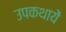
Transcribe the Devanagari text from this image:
उपकथायें